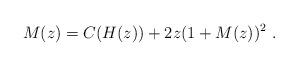
LaTeX: \begin{align*}M(z) = C(H(z))+ 2z(1+M(z))^2~.\end{align*}